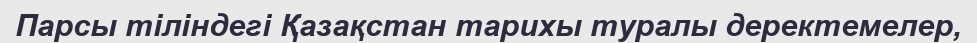
Парсы тіліндегі Қазақстан тарихы туралы деректемелер,